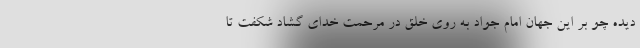
دیده چو بر این جهان امام جواد به روى خلق در مرحمت خداى گشاد شکفت تا